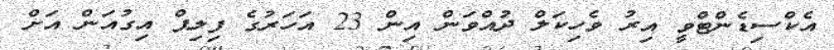
އެކްސިޑެންޓްވީ އިރު ވެހިކަލް ދުއްވަން އިން 23 އަހަރުގެ ފިލިޕް އިގުއަން އަށް